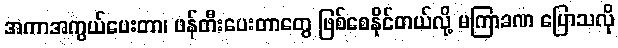
အကာအကွယ်ပေးတာ၊ ဖန်တီးပေးတာတွေ ဖြစ်စေနိုင်တယ်လို့ မကြာခဏ ပြောသလို